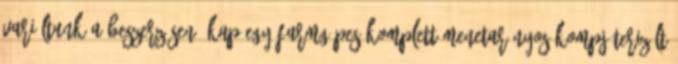
variáltunk a beszerzésen, kap egy farmgépes komplett menetarányos kompjúterizált